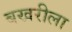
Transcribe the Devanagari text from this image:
बखरीला